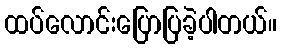
ထပ်လောင်းပြောပြခဲ့ပါတယ်။